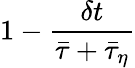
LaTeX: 1-\frac{\delta t}{\bar{\tau}+\bar{\tau}_{\eta}}